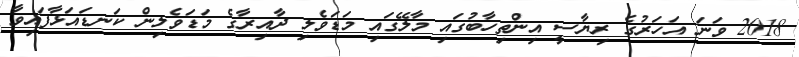
2018 ވަނަ އަހަރުގެ ރިޔާސީ އިންތިހާބުގައި މާލޭގައި މަޑަވެލި ދާއިރާގެ މަޑަވެލިން ކަނޑައަޅާފައިވާ